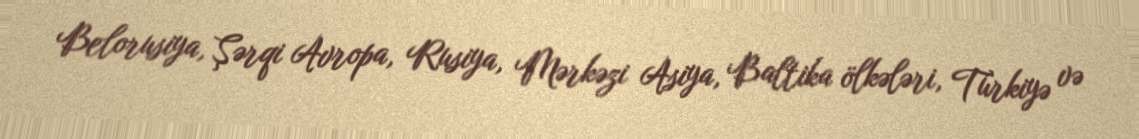
Belorusiya, Şərqi Avropa, Rusiya, Mərkəzi Asiya, Baltika ölkələri, Türkiyə və